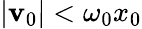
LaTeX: |\mathbf{v}_{0}|<\omega_{0}x_{0}